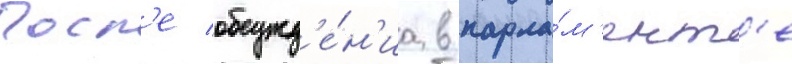
Посл'е обсужд'е́н'иа в парла́м'ент'е